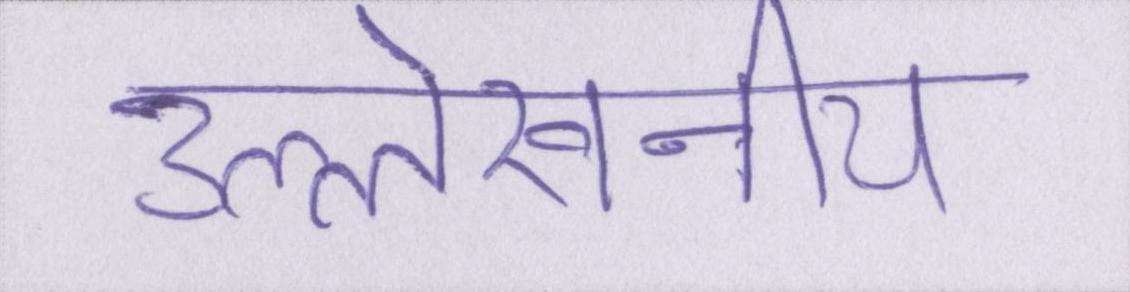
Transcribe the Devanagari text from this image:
उल्लेखनीय